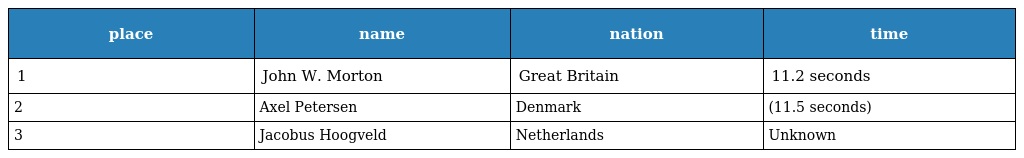
| place | name | nation | time |
 | --- | --- | --- | --- |
 | 1 | John W. Morton | Great Britain | 11.2 seconds |
 | 2 | Axel Petersen | Denmark | (11.5 seconds) |
 | 3 | Jacobus Hoogveld | Netherlands | Unknown |